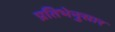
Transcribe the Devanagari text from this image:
प्रतिभेनुसार